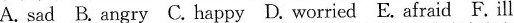
Asad B.angry C.happy D.worried E.afraid F.ill